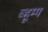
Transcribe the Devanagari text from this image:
व्हूम्प